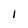
Character: I